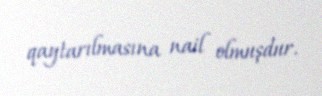
qaytarılmasına nail olmuşdur.